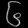
Digit: ၆